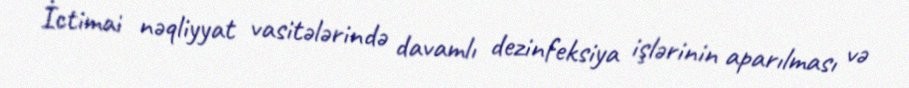
İctimai nəqliyyat vasitələrində davamlı dezinfeksiya işlərinin aparılması və